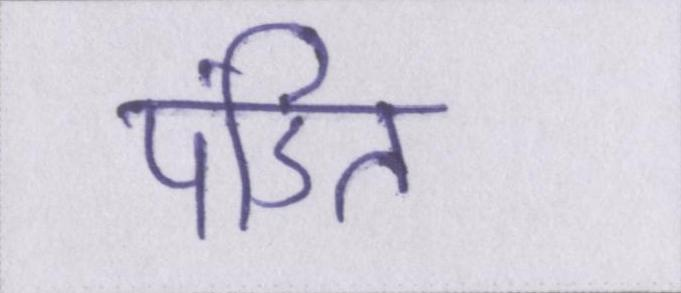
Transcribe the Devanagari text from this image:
पंडित